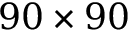
9 0 \times 9 0